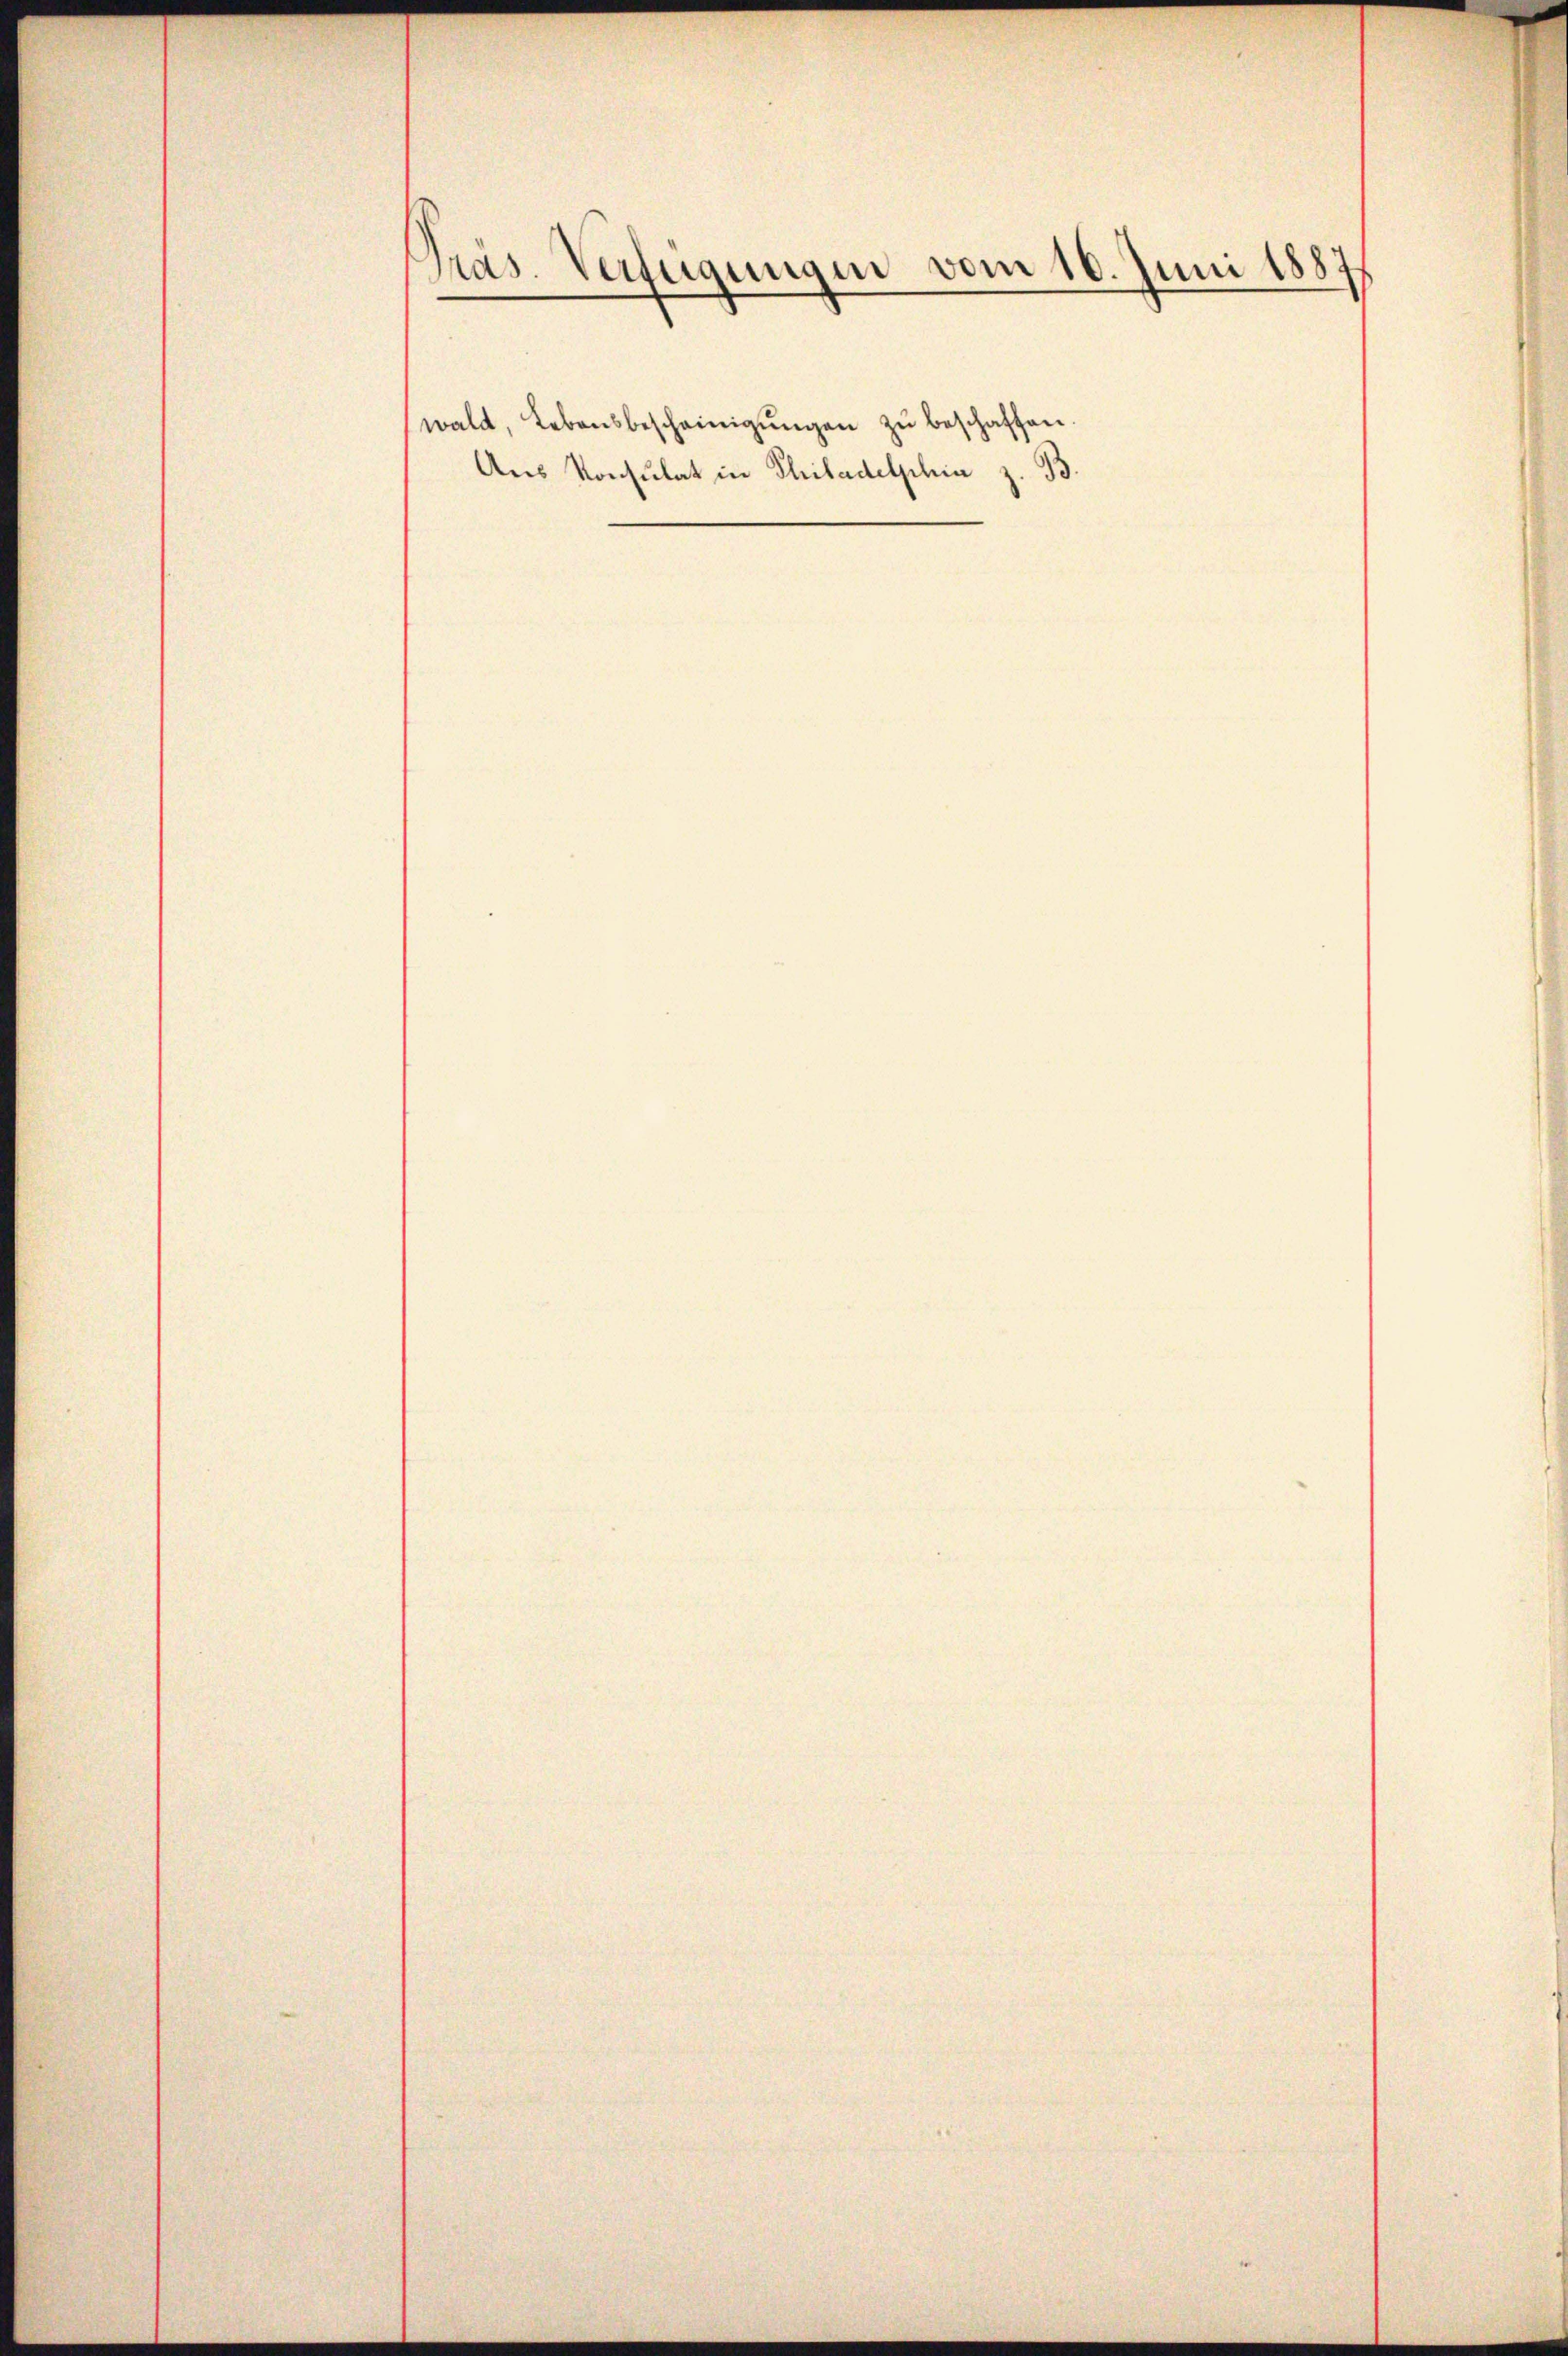
Präs. Verfügungen vom 16. Juni 18871

wald, Lebensbescheinigŭngen zu beschaffen.
Aus Konsulat in Philadelphia z. B.